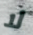
لا